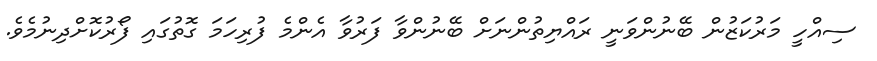
ސިއްހީ މަރުކަޒުން ބޭނުންވަނީ ރައްޔިތުންނަށް ބޭނުންވާ ފަރުވާ އެންމެ ފުރިހަމަ ގޮތުގައި ފޯރުކޮށްދިނުމެވެ.